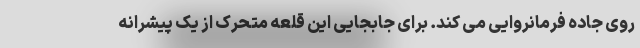
روی جاده فرمانروایی می کند. برای جابجایی این قلعه متحرک از یک پیشرانه